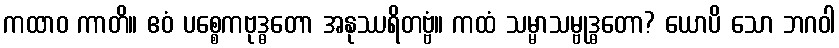
ကထာဝ ကာတိ။ ဧဝံ ပစ္စေကဗုဒ္ဓတော အနုဿရိတဗ္ဗံ။ ကထံ သမ္မာသမ္ဗုဒ္ဓတော? ယောပိ သော ဘဂဝါ